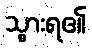
သွားရ၏